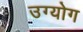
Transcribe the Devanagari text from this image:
उग्योग